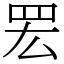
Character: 䍔